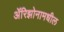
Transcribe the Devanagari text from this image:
ॲरिझोनामधील